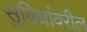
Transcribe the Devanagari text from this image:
सुविधांवरील